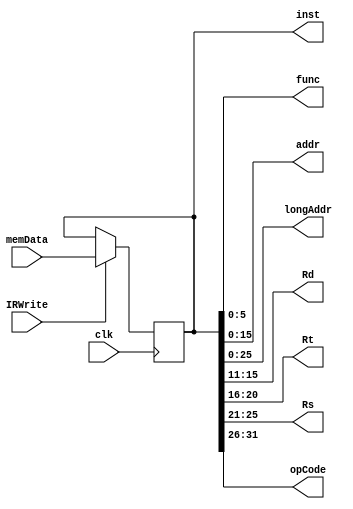
//author Saeed Aghajani

module IR(memData, IRWrite, clk, inst, func, addr, longAddr, Rd, Rt, Rs, opCode);
    input [31:0] memData;
    input IRWrite, clk;
    output [31:0] inst;
    output [5:0] func, opCode;
    output [4:0] Rd, Rt, Rs;
    output [15:0] addr;
    output [25:0] longAddr;    
    reg [31:0] inst;
    
    always @ (posedge clk)
    begin
        if(IRWrite == 1'b1)
            inst = memData;
    end
    
    assign func = inst[5:0];
    assign addr = inst[15:0];
    assign longAddr = inst[25:0];
    assign Rd = inst[15:11];
    assign Rt = inst[20:16];
    assign Rs = inst[25:21];
    assign opCode = inst[31:26];
endmodule